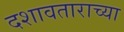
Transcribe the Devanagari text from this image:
दशावताराच्या